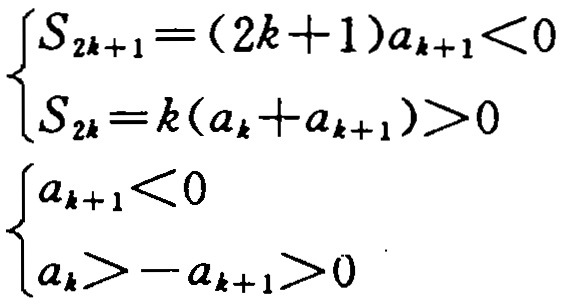
\[

\begin{cases}

S_{2k + 1}=(2k + 1)a_{k + 1}<0\\

S_{2k}=k(a_{k}+a_{k + 1})>0

\end{cases}

\]

\[

\begin{cases}

a_{k + 1}<0\\

a_{k}>-a_{k + 1}>0

\end{cases}

\]